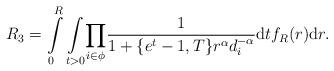
LaTeX: \begin{align*}R_3=\int\limits_{0}^{R} \underset{t>0}\int\underset{i \in \phi}\prod\frac{1}{1+\{e^t-1,T\}r^\alpha d_i^{-\alpha}}\mathrm{d}tf_R(r)\mathrm{d}r.\end{align*}